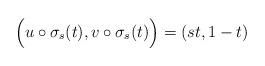
LaTeX: \begin{align*}\Big( u \circ \sigma_s(t) , v \circ \sigma_s(t) \Big) = (st, 1-t)\end{align*}